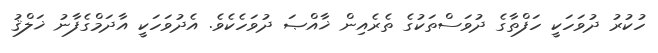
ހުކުރު ދުވަހަކީ ހަފްތާގެ ދުވަސްތަކުގެ ތެރެއިން ޚާއްޞަ ދުވަހެކެވެ. އެދުވަހަކީ އާދަމްގެފާނު ޚަލްޤު